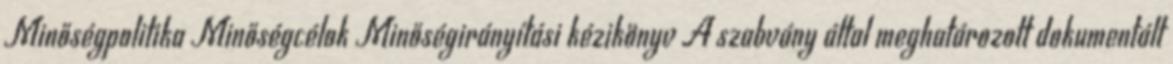
Minőségpolitika Minőségcélok Minőségirányítási kézikönyv A szabvány által meghatározott dokumentált